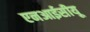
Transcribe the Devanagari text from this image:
एनआईसीयू